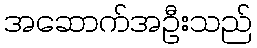
အဆောက်အဦးသည်